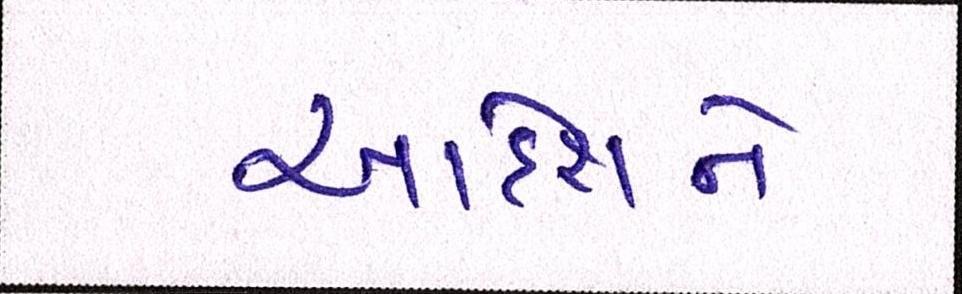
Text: આદેશને